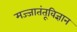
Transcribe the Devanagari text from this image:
मज्जातंतूविज्ञान